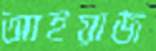
আইয়াজ